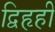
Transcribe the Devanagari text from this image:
द्विहृही